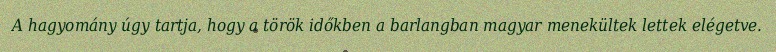
A hagyomány úgy tartja, hogy a török időkben a barlangban magyar menekültek lettek elégetve.